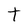
Character: t